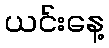
ယင်းနေ့